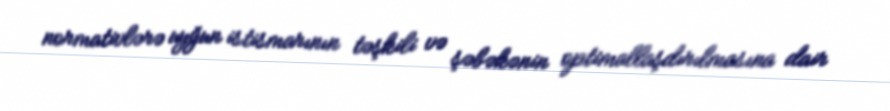
normativlərə uyğun istismarının təşkili və şəbəkənin optimallaşdırılmasına dair